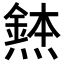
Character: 𪹸